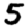
Digit: 5